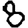
Digit: 8